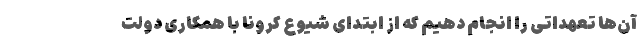
آن‌ها تعهداتی را انجام دهیم که از ابتدای شیوع کرونا با همکاری دولت